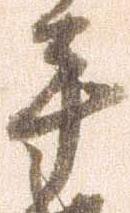
手